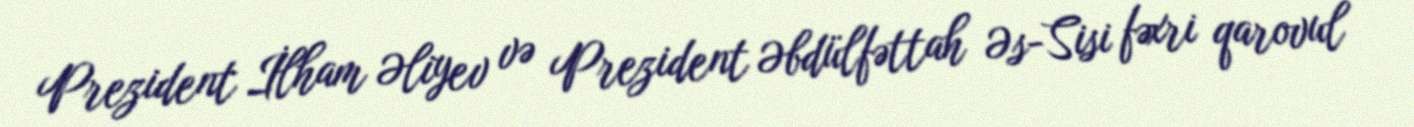
Prezident İlham Əliyev və Prezident Əbdülfəttah Əs-Sisi fəxri qarovul